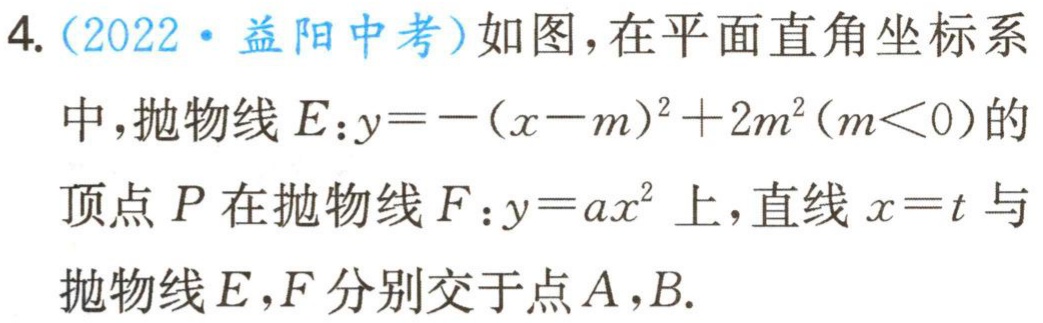
4. (2022·益阳中考)如图，在平面直角坐标系
中，抛物线\(E:y = -(x - m)^{2}+2m^{2}(m < 0)\)的
顶点\(P\)在抛物线\(F:y = ax^{2}\)上，直线\(x = t\)与
抛物线\(E,F\)分别交于点\(A,B.\)